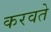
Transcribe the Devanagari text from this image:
करवते